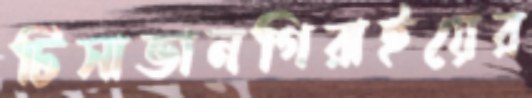
টিসাভানগিরাইয়ের